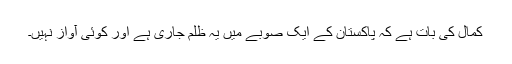
کمال کی بات ہے کہ پاکستان کے ایک صوبے میں یہ ظلم جاری ہے اور کوئی آواز نہیں۔